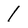
Character: 1